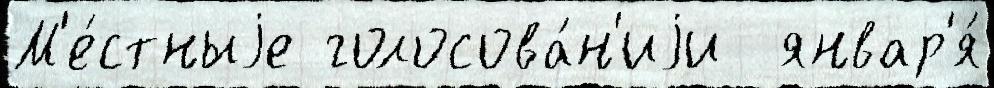
М'е́стныjе голосова́н'иjи  январ'я́